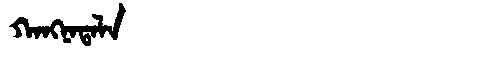
Manchu: ᡴᠠᠩᠨᠠᡨᠠᠯᠠ
Romanization: KANGNATALA